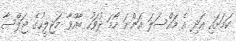
ކަމަށައި އަދި އެ މައްސަލަ އަންނަ ހޯމަ ދުވަހު ބާއްވާ މަޖިލީހުގެ ޖަލްސާ